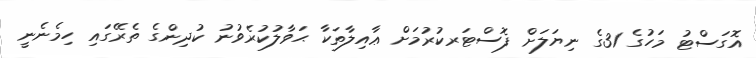
އޮގަސްޓު މަހުގެ 31ގެ ނިޔަލަށް ފޮސްޓަރކުރުމަށް ޢާއިލާތަކާ ޙަވާލުކުރެވުނު ކުދިންގެ ތެރޭގައި ހިމެނެނީ